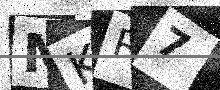
Text: MKR7